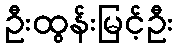
ဦးထွန်းမြင့်ဦး